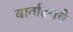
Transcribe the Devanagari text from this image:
वार्ताहराचे